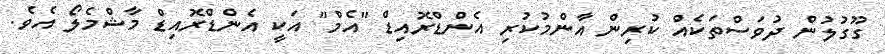
ގޫގުލުން ދުވަސްތަކެއް ކުރިން އާންމުކުރި އެންޑްރޮއިޑް "އެމް" އަކީ އެންޑްރޮއިޑް މާޝްމެލޯ އެވެ.